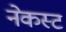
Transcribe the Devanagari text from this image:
नेकस्ट